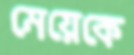
মেয়েকে